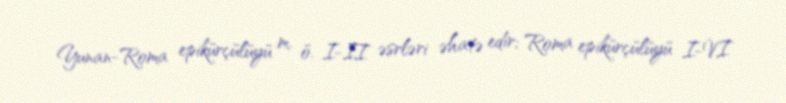
Yunan-Roma epikürçülüyü m. ö. I-II əsrləri əhatə edir; Roma epikürçülüyü I-VI